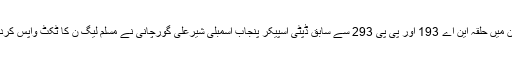
جن میں حلقہ این اے 193 اور پی پی 293 سے سابق ڈپٹی اسپیکر پنجاب اسمبلی شیرعلی گورچانی نے مسلم لیگ ن کا ٹکٹ واپس کردیا۔